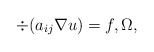
\begin{align*}\div (a_{ij} \nabla u) = f, \Omega,\end{align*}